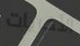
الأخريات